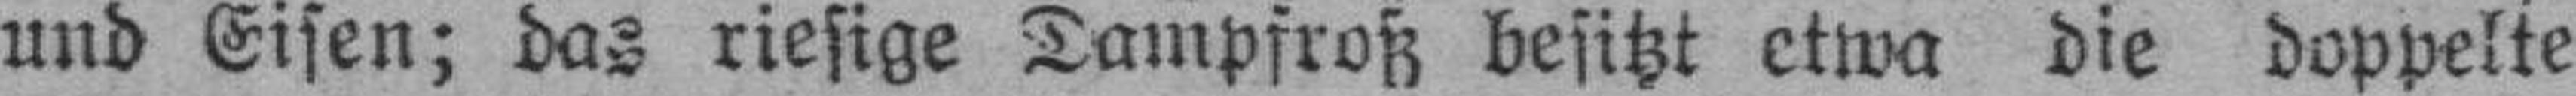
und Eisen; das riesige Dampfroß besitzt etwa die doppelte